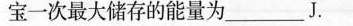
宝一次最大储存的能量为______J。